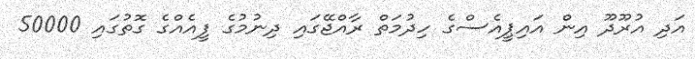
އަދި އުރޫދޫ އިން އައިޕީއެސްގެ ހިދުމަތް ރާއްޖޭގައި ދިނުމުގެ ފީއެއްގެ ގޮތުގައި 50000